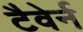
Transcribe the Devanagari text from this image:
टैवेर्न